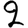
Digit: 2